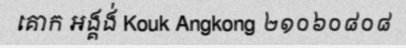
គោក អង្គង់ Kouk Angkong ២១០៦០៨០៨